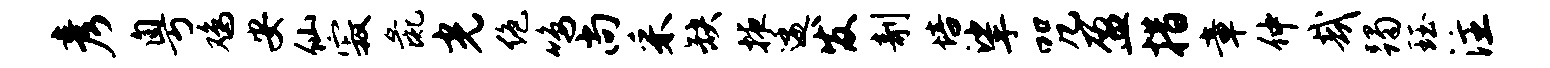
彦粤鸡安仙寂彘光绝鸣尚采缺掖逶发剞培挲咒盈措章仲哉躅珏注